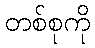
တစ်စုကို